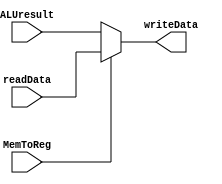
`timescale 1ns / 1ps
//////////////////////////////////////////////////////////////////////////////////
// Company: 
// Engineer: 
// 
// Design Name: 
// Module Name:    WriteBack 
// Project Name: 
// Target Devices: 
// Tool versions: 
// Description: 
//
// Dependencies: 
//
// Revision: 
// Revision 0.01 - File Created
// Additional Comments: 
//
//////////////////////////////////////////////////////////////////////////////////
module WriteBack(input MemToReg, input [31:0] readData, input [31:0] ALUresult, output reg [31:0] writeData);

	always @(*) begin
		if (MemToReg == 1)
			writeData = readData;
		else
			writeData = ALUresult;
	end


endmodule